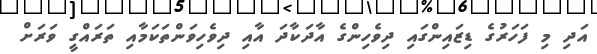
އަދި މި ފަހަރުގެ ޑިޒައިންގައި ދިވެހިންގެ އާދަކާދަ އާއި ދިވެހިވަންތަކަމާއި ތަރައްގީ ވަރަށް